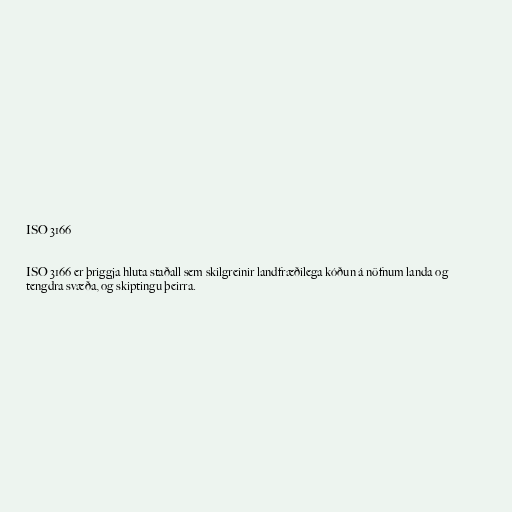
ISO 3166

ISO 3166 er þriggja hluta staðall sem skilgreinir landfræðilega kóðun á nöfnum landa og
tengdra svæða, og skiptingu þeirra.